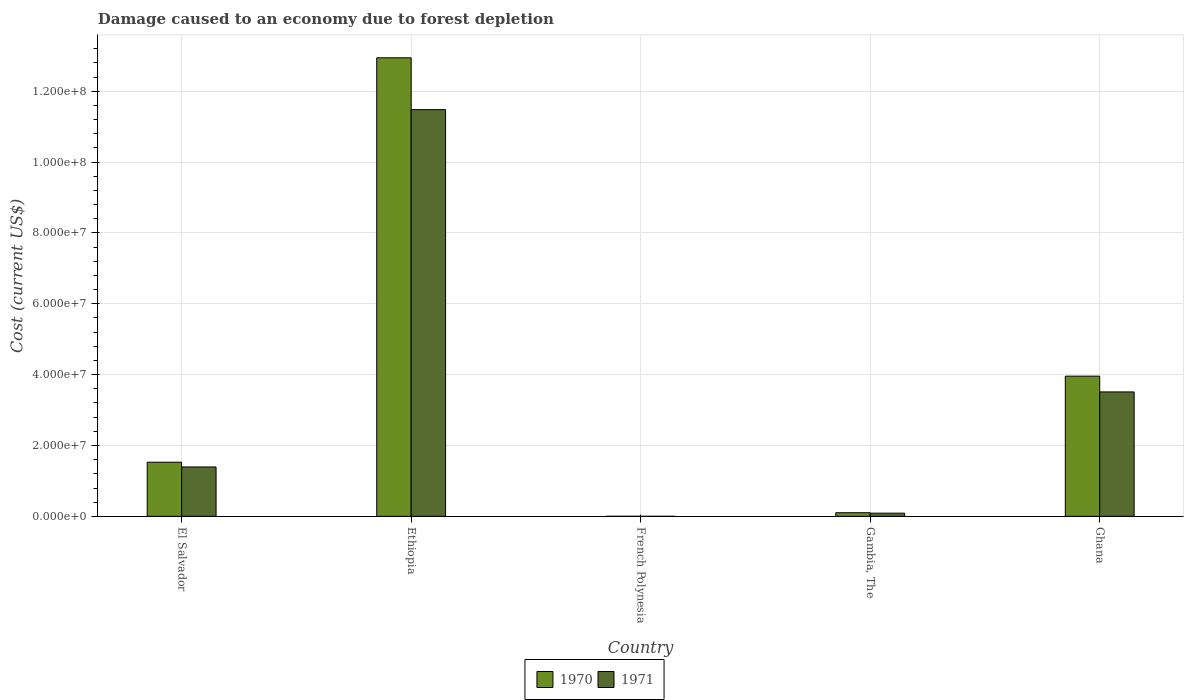
| Country | 1970 | 1971 |
 | --- | --- | --- |
 | El Salvador | 1.53e+07 | 1.39e+07 |
 | Ethiopia | 1.29e+08 | 1.15e+08 |
 | French Polynesia | 1.18e+04 | 9.06e+03 |
 | Gambia, The | 1.02e+06 | 8.98e+05 |
 | Ghana | 3.96e+07 | 3.51e+07 |